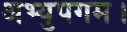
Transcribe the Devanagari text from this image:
अभ्युपगम।